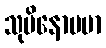
သုပိနောပမာ